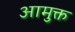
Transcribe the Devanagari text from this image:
आमुक्त